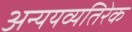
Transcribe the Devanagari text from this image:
अन्ययव्यतिरेक